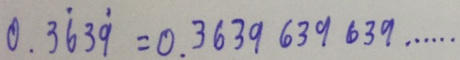
0 . 3 \dot { 6 } 3 \dot { 9 } = 0 . 3 6 3 9 6 3 9 6 3 9 \cdots